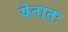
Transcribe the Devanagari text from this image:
येतातः